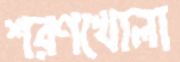
শরণখোলা